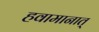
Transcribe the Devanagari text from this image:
हवामानात्